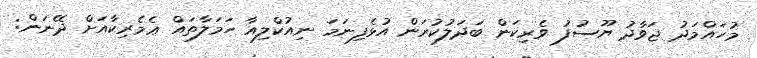
މުހައްމަދު ޖަވާދު ޔޫސުފު ވެރިކަން ބަދަލުކުރަން އުޅެފިނަމަ ނިއުކްލިއާ ހަމަލާތައް ޢެމެރިކާއަށް ދޭނަން: